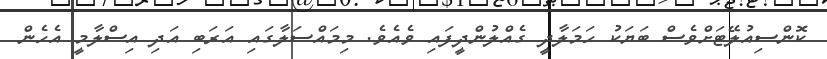
ކޮންސިއުލޭޓަށްވެސް ބަޔަކު ހަމަލާދީ ގެއްލުންދީފައި ވެއެވެ. މިމައްސަލާގައި އަރަބި އަދި އިސްލާމީ އެހެން